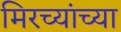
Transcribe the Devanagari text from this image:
मिरच्यांच्या